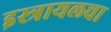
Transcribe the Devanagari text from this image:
इस्त्रायलचा